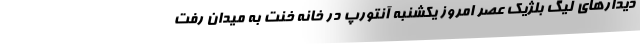
دیدارهای لیگ بلژیک عصر امروز یکشنبه آنتورپ در خانه خنت به میدان رفت